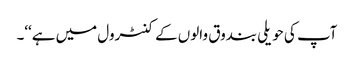
آپ کی حویلی بندوق والوں کے کنٹرول میں ہے‘‘۔